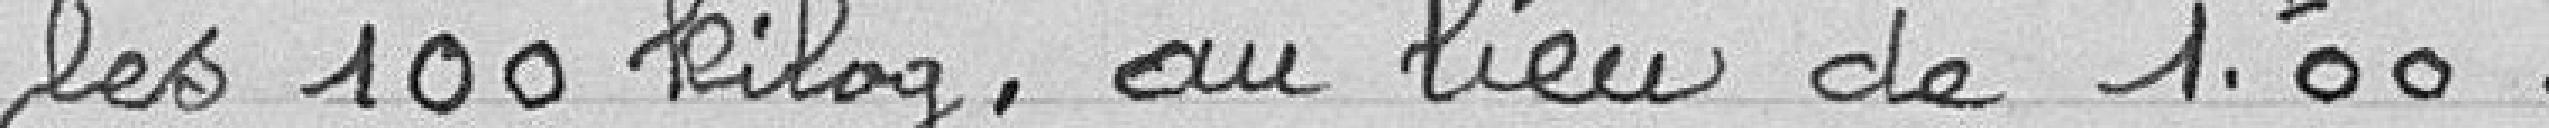
les 100 kilogrammes, au lieu de 1,00 franc.